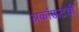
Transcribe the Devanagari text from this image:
अकांऊटची